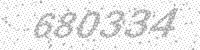
Solution: 680334